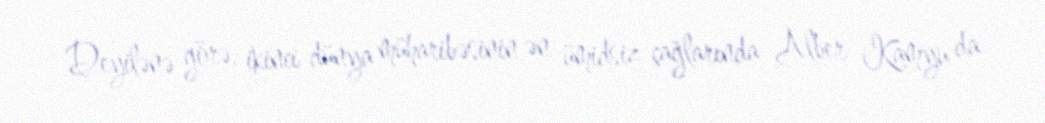
Deyilənə görə, ikinci dünya müharibəsinin ən ümidsiz çağlarında Alber Kamyu da